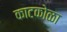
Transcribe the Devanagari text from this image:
काटकोळा